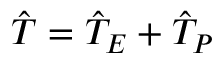
\hat { T } = \hat { T } _ { E } + \hat { T } _ { P }